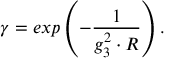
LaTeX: \gamma = e x p \left( - \frac { 1 } { g _ { 3 } ^ { 2 } \cdot R } \right) .